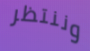
وننتظر